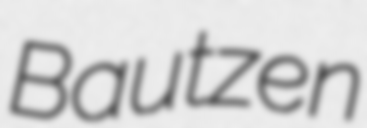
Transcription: Bautzen